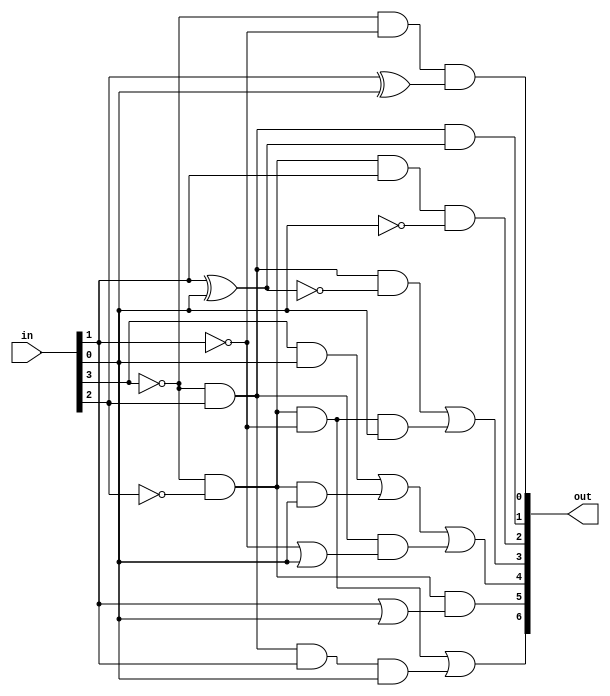
// Fmax = 76.12 MHz
// Total LE's = 1281 (7%)

module bcdToSevSeg(out, in);
	output [6:0] out;
	input  [3:0] in;
	
	wire A = in[3], B = in[2], C =in[1], D = in[0];
	
	assign out[0] = (~A&~C)&(B^D);
	assign out[1] = (~A&B)&(C^D);
	assign out[2] = (~A&~B&C&~D);
	assign out[3] = (~A&B&~(C^D))|(~A&~B&~C&D);
	assign out[4] = (A&D) | (~A&~B&D) | (~A&B&(~C|D));
	assign out[5] = (~A&~B)&(C|D);
	assign out[6] = (~A&~B&~C)|(~A&B&C&D);
endmodule

module fullAdder(s1, s0, A, B, C);
	output s1, s0;
	input  A, B, C;
	
	wire midSum = A ^ B;
	assign s0 = midSum ^ C;
	wire midCry2 = midSum & C;
	wire midCry1 = A & B;
	assign s1 = midCry1 | midCry2;
endmodule

module RCAdder(cO, out, A, B, cI);
	parameter WIDTH = 8;
	output cO;
	output [WIDTH-1:0] out;
	input  cI;
	input  [WIDTH-1:0] A, B;
	wire   [WIDTH:0] C;		// Intermediate carry line
	
	assign {C[0], cO} = {cI, C[WIDTH]};
		
	generate
		genvar i;
		for(i=0; i<WIDTH; i=i+1) begin: m
			fullAdder FA(C[i+1], out[i], A[i], B[i], C[i]);
		end
	endgenerate
endmodule

module register(out, in, clk, en, reset);
	parameter WIDTH = 8;
	
	output reg [WIDTH-1:0] out;
	input  [WIDTH-1:0] in;
	input  reset, en, clk;
	
	always @(posedge clk or negedge reset) begin
		if(~reset)
			out <= {WIDTH{1'b0}};
		else if(en)
			out <= in;
	end
endmodule

module multiplier(M, A, B);
	parameter WIDTH = 8;
	output [2*WIDTH-1:0] M;
	input  [WIDTH-1:0] A, B;

	wire   [WIDTH-1:0] andLine [WIDTH-1:0];
	wire   [WIDTH-1:0] sumLine [WIDTH-1:0];
	wire   [WIDTH-1:0] cO;
	
	assign sumLine[0] = andLine[0];
	assign cO[0] = 1'b0;
	
	generate
		genvar i;
		for(i=0; i<WIDTH; i=i+1) begin: m
			assign andLine[i] = A & {WIDTH{B[i]}};
			assign M[i] = sumLine[i][0];
		end
	endgenerate
	
	generate
		for(i=0; i<WIDTH-1; i=i+1) begin: n
			RCAdder #(WIDTH) RCA(cO[i+1], sumLine[i+1], {cO[i],sumLine[i][WIDTH-1:1]}, andLine[i+1], 1'b0);
		end
	endgenerate
	
	assign M[2*WIDTH-1: WIDTH] = {cO[WIDTH-1], sumLine[WIDTH-1][WIDTH-1:1]};
endmodule

module main0(out, in1, in2);
	parameter WIDTH = 8;
	output [2*WIDTH-1:0] out;
	input  [WIDTH-1:0] in1, in2;
	multiplier #(WIDTH) M0(out, in1, in2);
endmodule

module main(HEX3, HEX2, HEX1, HEX0, LEDR, SW, KEY, CLOCK_24);
	output [6:0] HEX3, HEX2, HEX1, HEX0;
	output [3:0] LEDR;
	input  [9:0] SW;
	input  [3:1] KEY;
	input  [0:0] CLOCK_24;
	
	wire   [07:0] A, B;
	wire   [15:0] rM, M;
	reg    [15:0] bin;
	wire   [03:0] bcd4, bcd3, bcd2, bcd1, bcd0;
	wire   [00:0] gatedClock = CLOCK_24;			// Not actually Gated
	multiplier M0(M, A, B);
	
	register #(08) R0(A, SW[7:0], gatedClock, ~KEY[2], KEY[3]);
	register #(08) R1(B, SW[7:0], gatedClock, ~KEY[1], KEY[3]);
	register #(16) R2(rM, M, gatedClock, (SW[9]&SW[8]), KEY[3]);
	
	always @(*) begin
		case(SW[9:8])
			2'b11: bin = rM;
			2'b00: bin = {8'b0, SW[7:0]};
			2'b10: bin = {8'b0, A};
			2'b01: bin = {8'b0, B};
		endcase
	end
	
	binToBCD16bit  DEC0(bcd4, bcd3, bcd2, bcd1, bcd0, bin);
	bcdToSevSeg    DEC1(HEX0, bcd0);
	bcdToSevSeg    DEC2(HEX1, bcd1);
	bcdToSevSeg    DEC3(HEX2, bcd2);
	bcdToSevSeg    DEC4(HEX3, bcd3);
	
	assign LEDR = bcd4;
endmodule

module binToBCD16bit(bcd4, bcd3, bcd2, bcd1, bcd0, S);
	output [03:0] bcd4, bcd3, bcd2, bcd1, bcd0;
	input  [15:0] S;
	
	assign bcd0 = (S%16'd00010);
	assign bcd1 = (S/16'd00010)%16'd10;
	assign bcd2 = (S/16'd00100)%16'd10;
	assign bcd3 = (S/16'd01000)%16'd10;
	assign bcd4 = (S/16'd10000);
endmodule